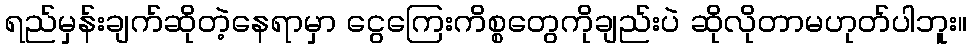
ရည်မှန်းချက်ဆိုတဲ့နေရာမှာ ငွေကြေးကိစ္စတွေကိုချည်းပဲ ဆိုလိုတာမဟုတ်ပါဘူး။